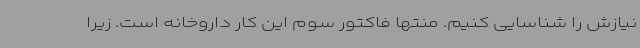
نیازش را شناسایی کنیم. منتها فاکتور سوم این کار داروخانه است. زیرا